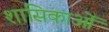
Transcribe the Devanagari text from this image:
शासिकाओं